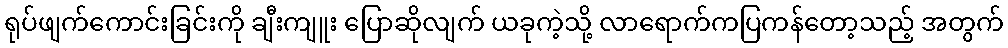
ရုပ်ဖျက်ကောင်းခြင်းကို ချီးကျူး ပြောဆိုလျက် ယခုကဲ့သို့ လာရောက်ကပြကန်တော့သည့် အတွက်